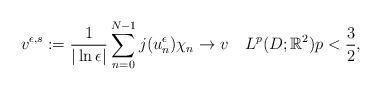
LaTeX: \begin{align*}v^{\epsilon,s}:=\frac{1}{|\ln\epsilon|}\sum_{n=0}^{N-1}j(u_n^{\epsilon})\chi_n\rightarrow v \quad L^p(D;\mathbb R^2) p<\frac{3}{2},\end{align*}